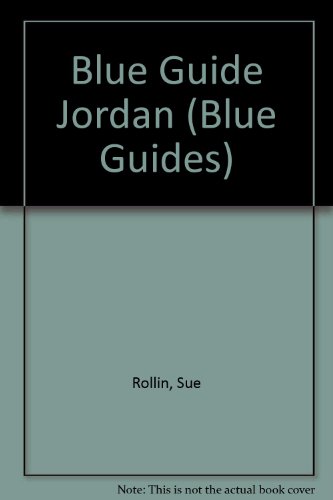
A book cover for Blue Guide Jordan (Blue Guides); Sue Rollin; Travel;